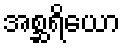
အစ္ဆရိယော